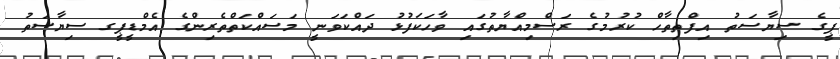
ޕީގެ ސިޔާސަތު އިފްތިތާހް ކުރުމުގެ ރަސްމިއްޔާތުގައި ވާހަކަފުޅު ދައްކަވަނީ މަސައްކަތްތެރިންގެ އެމްޑީޕީގ ސިޔާސަތު